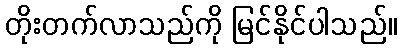
တိုးတက်လာသည်ကို မြင်နိုင်ပါသည်။